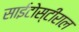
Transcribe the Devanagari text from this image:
साईटोस्टीराल